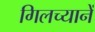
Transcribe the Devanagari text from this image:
गिलच्यानें